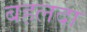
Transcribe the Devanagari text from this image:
बहलदा